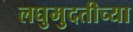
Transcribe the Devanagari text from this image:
लघुमुदतीच्‍या